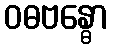
ဝဓဗန္ဓော